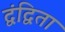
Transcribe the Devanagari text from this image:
द्वंद्विता